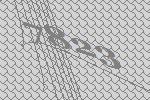
7823